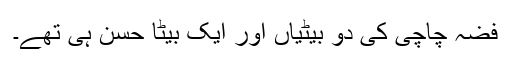
فضہ چاچی کی دو بیٹیاں اور ایک بیٹا حسن ہی تھے۔